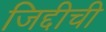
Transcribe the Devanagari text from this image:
जिद्दीची